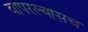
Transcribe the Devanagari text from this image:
वापरल्यासच